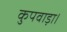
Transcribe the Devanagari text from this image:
कुपवाड़ा।